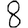
Digit: 8